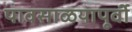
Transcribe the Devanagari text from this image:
पावसाळयापूर्वी